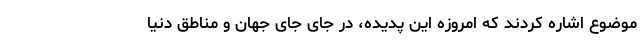
موضوع اشاره کردند که امروزه این پدیده، در جای جای جهان و مناطق دنیا